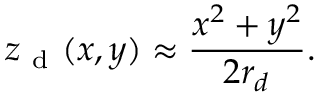
z _ { \mathrm { ~ d ~ } } ( x , y ) \approx \frac { x ^ { 2 } + y ^ { 2 } } { 2 r _ { d } } .